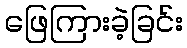
ဖြေကြားခဲ့ခြင်း